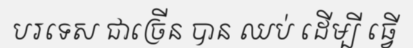
បរទេស ជាច្រើន បាន ឈប់ ដើម្បី ធ្វើ